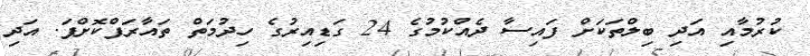
ކުރުމާއި އަދި ބިލްތަކަށް ފައިސާ ދެއްކުމުގެ 24 ގަޑިއިރުގެ ހިދުމަތް ތައާރަފްކޮށްފަ. އަދި